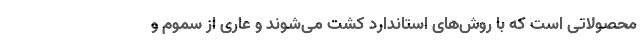
محصولاتی است که با روش‌های استاندارد کشت می‌شوند و عاری از سموم و